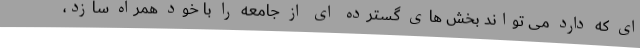
ای که دارد می تواند بخش های گسترده ای از جامعه را با خود همراه سازد،